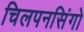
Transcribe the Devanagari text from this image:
चिलपनसिंगो